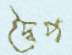
দ্বৈপ